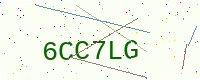
Text: 6CC7LG